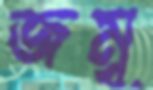
জম্বূ